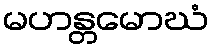
မဟန္တမောဃံ